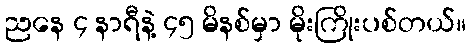
ညနေ ၄ နာရီနဲ့ ၄၅ မိနစ်မှာ မိုးကြိုးပစ်တယ်။